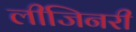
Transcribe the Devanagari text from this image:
लीजिनरी